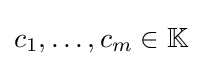
{\textstyle c_{1},\dots ,c_{m}\in \mathbb {K} }